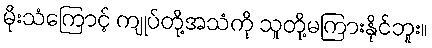
မိုးသံကြောင့် ကျုပ်တို့အသံကို သူတို့မကြားနိုင်ဘူး။